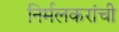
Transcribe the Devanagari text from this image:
निर्मलकरांची